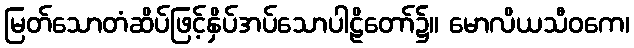
မြတ်သောတံဆိပ်ဖြင့်နှိပ်အပ်သောပါဠိတော်၌။ မောလိယသီဝကေ၊